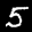
Label: 5